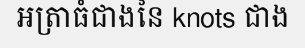
អត្រាធំជាងនៃ knots ជាង